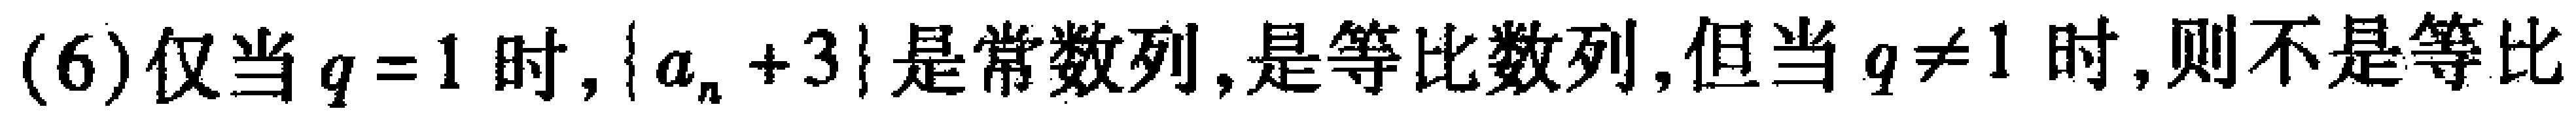
(6)仅当$q = 1$时, $\{ a_{n}+3\}$是常数列,是等比数列,但当$q\neq 1$时,则不是等比